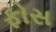
ફોસ